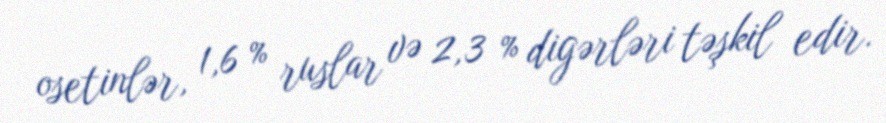
osetinlər, 1,6 % ruslar və 2,3 % digərləri təşkil edir.